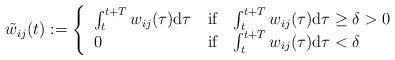
LaTeX: \begin{align*}\tilde{w}_{ij}(t):= \left\{ \begin{tabular}{l l}$\int_t^{t+T} w_{ij}(\tau)\mathrm{d}\tau$ & if \; $\int_t^{t+T} w_{ij}(\tau)\mathrm{d}\tau \geq \delta >0$ \\$0$ & if \; $\int_t^{t+T} w_{ij}(\tau)\mathrm{d}\tau < \delta$\end{tabular}\right.\end{align*}